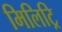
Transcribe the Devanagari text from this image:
मिलिट्रि